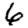
Digit: 6